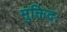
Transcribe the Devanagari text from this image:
मुक्तिदः